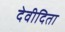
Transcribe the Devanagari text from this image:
देवीदिता